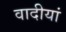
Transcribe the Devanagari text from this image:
वादीयां